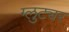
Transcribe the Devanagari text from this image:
ग्लुट्यर